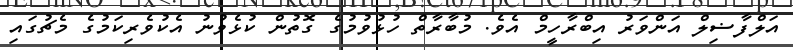
އަލްފާޟިލް އަންވަރު އިބްރާހީމް އެވެ. މުބާރާތް ހުޅުވުމުގެ ގޮތުން ކުޅެވުނު އެކުވެރިކަމުގެ މެޗުގައި